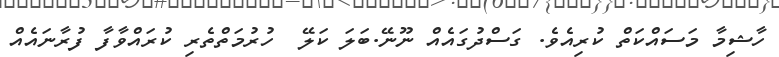
ހާޝިމާ މަސައްކަތް ކުރިއެވެ. ގަސްދުގައެއް ނޫނޭ.ބަލަ ކަލޭ  ހުރުމަތްތެރި ކުރައްވާފާ ފުރާނައެއް